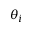
\theta _ { i }